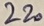
Text: 220